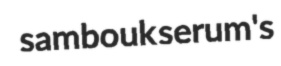
sambouk serum's